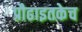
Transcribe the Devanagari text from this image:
प्रौढाइतकेच